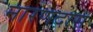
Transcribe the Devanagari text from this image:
नारणदास